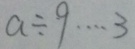
a \div 9 \cdots 3